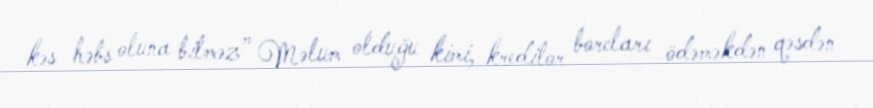
kəs həbs oluna bilməz” Məlum olduğu kimi, kreditor borcları ödəməkdən qəsdən